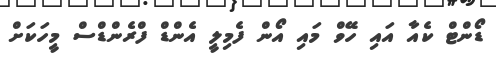
ޑޯންޓް ކެއާ އައި ހޭވް މައި އޯން ފެމިލީ އެންޑް ފްރެންޑްސް މީހަކަށް